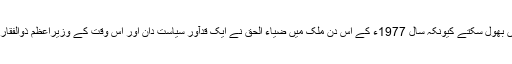
جمہوریت کا درد رکھنے والے پانچ جولائی کی تاریخ نہیں بھول سکتے کیونکہ سال 1977ء کے اس دن ملک میں ضیاء الحق نے ایک قدآور سیاست دان اور اس وقت کے وزیراعظم ذوالفقار علی بھٹو کی حکومت ختم کردی اور انہیں گرفتار کروایا۔